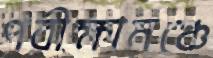
পরীক্ষামঞ্চে